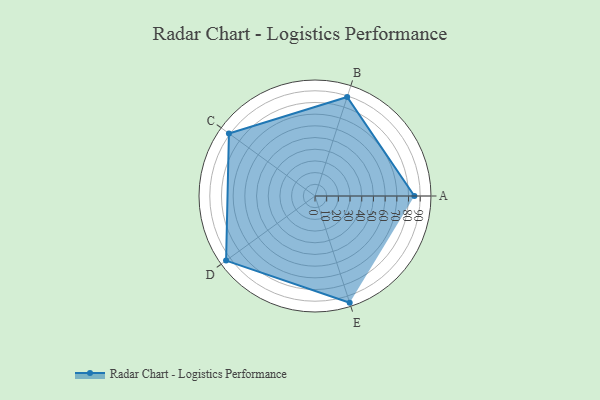
{"axis": {"x": "Skill", "y": "Score"}, "legend": ["Profile"], "data": [{"x": "A", "y": 85.0, "type": "Profile"}, {"x": "B", "y": 89.0, "type": "Profile"}, {"x": "C", "y": 91.0, "type": "Profile"}, {"x": "D", "y": 94.0, "type": "Profile"}, {"x": "E", "y": 96.0, "type": "Profile"}]}